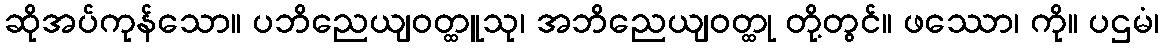
ဆိုအပ်ကုန်သော။ ပဘိညေယျဝတ္ထူသု၊ အဘိညေယျဝတ္ထု တို့တွင်။ ဖဿော၊ ကို။ ပဌမံ၊